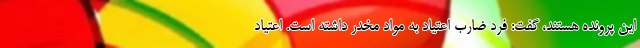
این پرونده هستند، گفت: فرد ضارب اعتیاد به مواد مخدر داشته است. اعتیاد